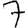
Digit: 7